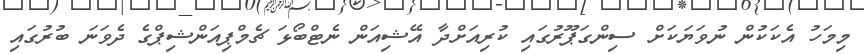
މިމަހު އެކަކުން ނުވަޔަކަށް ސިންގަޕޫރުގައި ކުރިއަށްދާ އޭޝިއަން ނެޓްބޯޅަ ޗެމްޕިއަންޝިޕްގެ ދެވަނަ ބުރުގައި